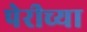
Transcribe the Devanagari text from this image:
पेरीच्या